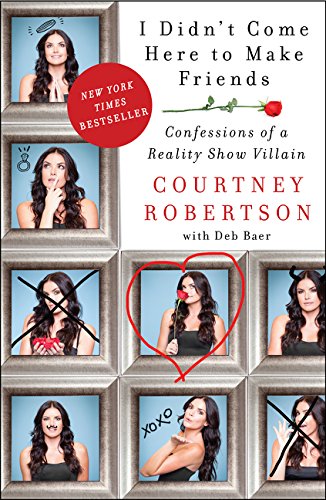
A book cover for I Didn't Come Here to Make Friends: Confessions of a Reality Show Villain; Courtney Robertson; Humor & Entertainment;